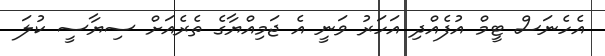
އެހެނަސް ޓީމް އުފެއްދި އަހަރު ވަނީ އެ ޖަމިއްޔާގެ ތެރެއަށް ސިޔާސީ ކުލަ